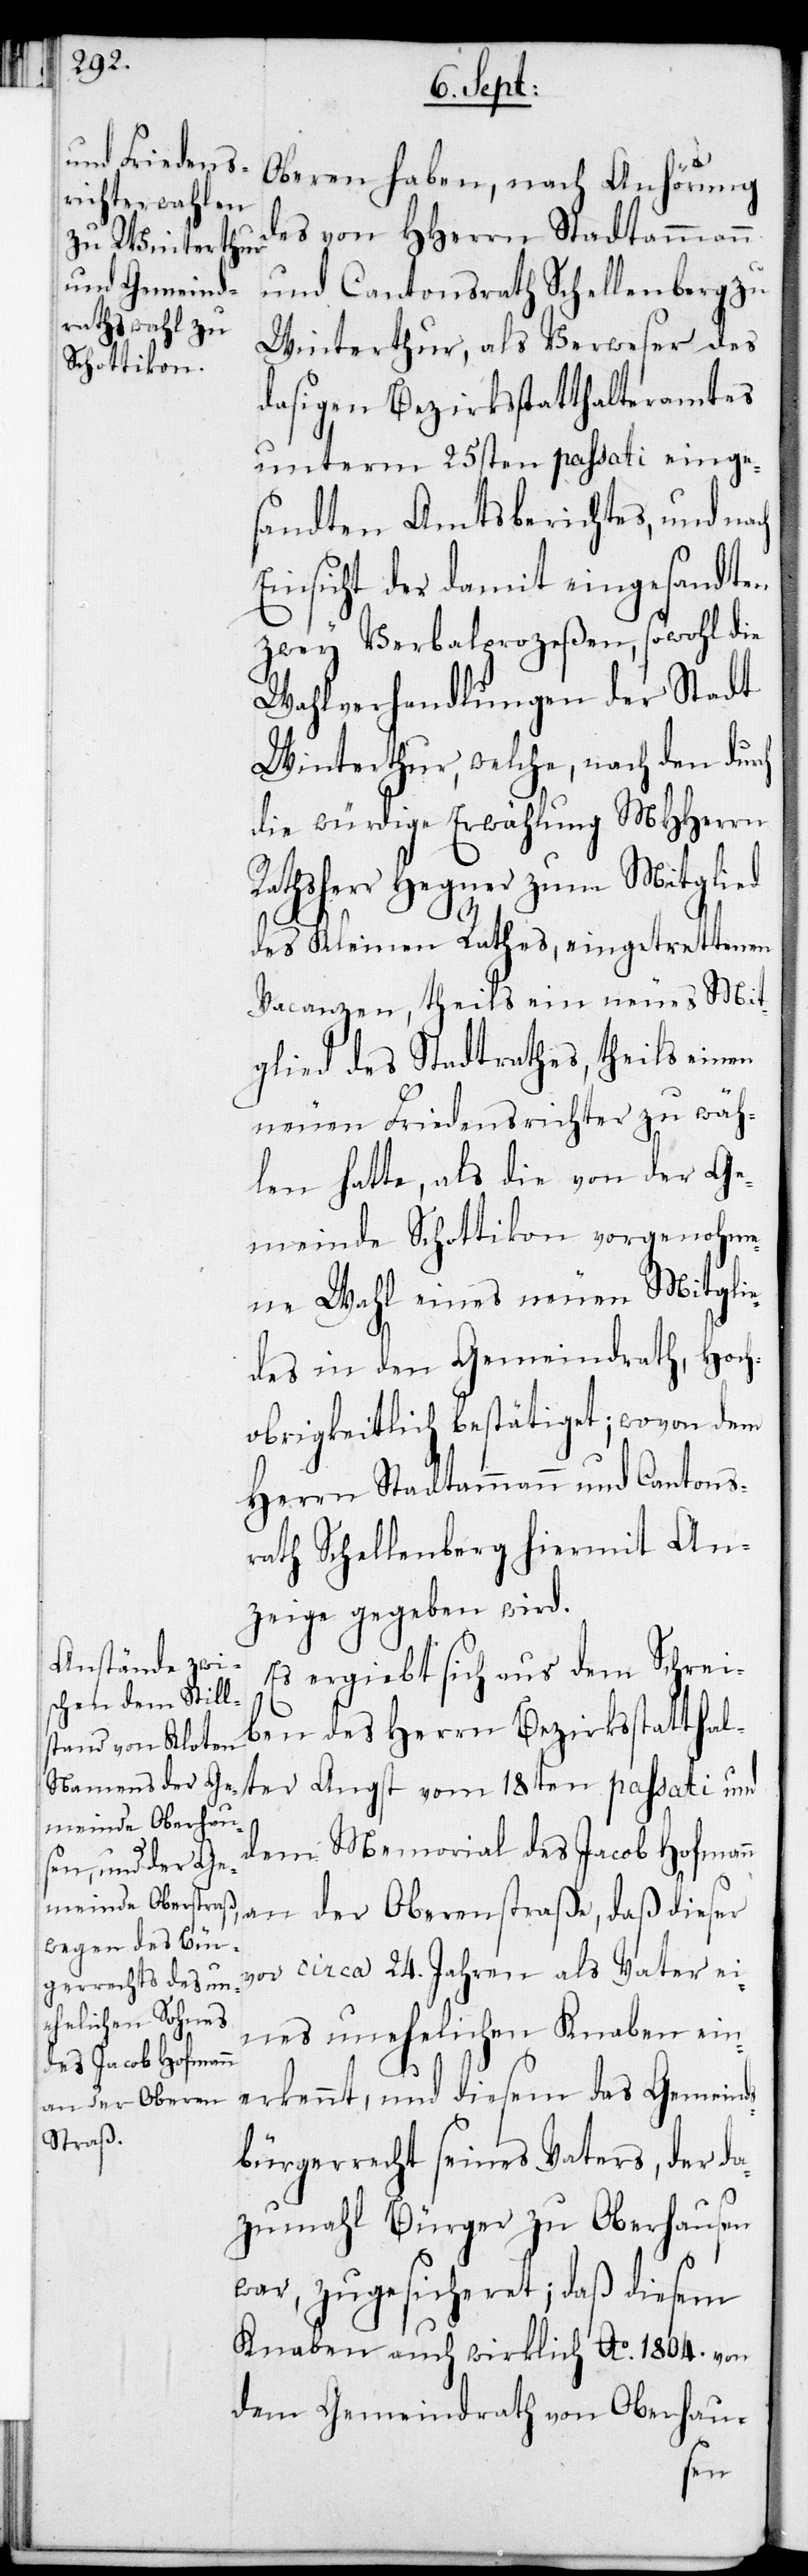
Oberen haben, nach Anhörung
des von HHerrn Stadtammann
und Cantonsrath Schellenberg zu
Winterthur, als Verweser des
dasigen Bezirksstatthalteramtes
unterm 25sten passati einge¬
sandten Amtsberichtes, und nach
Einsicht der damit eingesandten
zwey Verbalprozeßen, sowohl die
Wahlverhandlungen der Stadt
Winterthur, welche, nach den durch
die würdige Erwählung MHHerrn
Rathsherr Hegner zum Mitglied
des Kleinen Rathes, eingetrettenen
Vacanzen, theils ein neues Mit¬
glied des Stadtrathes, theils einen
neuen Friedensrichter zu wäh¬
len hatte, als die von der Ge¬
meinde Schottikon vorgenohme¬
ne Wahl eines neuen Mitgli¬
edes in den Gemeindrath, Hoch¬
obrigkeitlich bestätiget; wovon dem
Herrn Stadtammann und Cantons¬
rath Schellenberg hiermit An¬
zeige gegeben wird.
Es ergiebt sich aus dem Schrei¬
ben des Herrn Bezirksstatthal¬
ter Angst vom 18ten passati und
dem Memorial des Jacob Hofmann
an der Oberenstraße, daß dieser
vor circa 24. Jahren als Vater ei¬
nes unehelichen Knaben ein¬
erkannt, und diesem das Gemeind¬
sbürgerrecht seines Vaters, der d¬
azumahl Bürger zu Oberhausen
war, zugesicheret; daß diesem
Knaben auch wirklich Ao 1804. von
dem Gemeinderath von Oberhau-